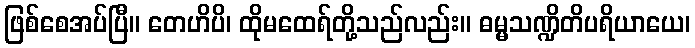
ဖြစ်စေအပ်ပြီ။ တေဟိပိ၊ ထိုမထေရ်တို့သည်လည်း။ ဓမ္မသဏ္ဍိတိပရိယာယေ၊